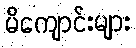
မိကျောင်းများ